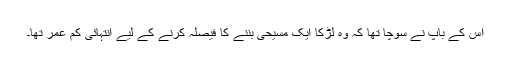
اُس کے باپ نے سوچا تھا کہ وہ لڑکا ایک مسیحی بننے کا فیصلہ کرنے کے لیے انتہائی کم عمر تھا۔